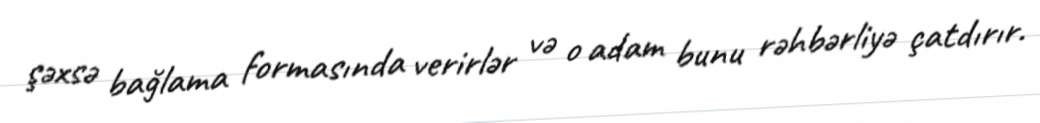
şəxsə bağlama formasında verirlər və o adam bunu rəhbərliyə çatdırır.